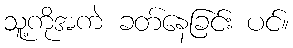
သူ့ကိုအကဲ ခတ်နေခြင်း ပင်။